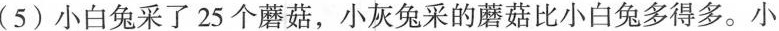
(5)小白兔采了25个蘑菇，小灰兔采的蘑菇比小白兔多得多。小